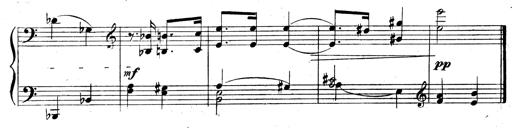
Title: 3 Sonatinas for Piano
Composer: Vissarion Shebalin